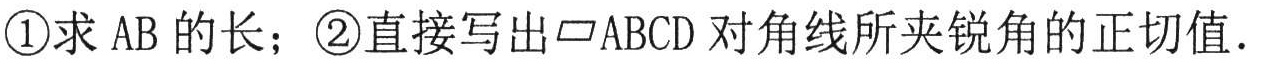
\textcircled{1}求 AB 的长；\textcircled{2}直接写出$\parallelogram ABCD$对角线所夹锐角的正切值.